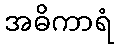
အဓိကာရံ